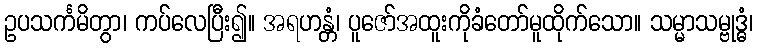
ဥပသင်္ကမိတွာ၊ ကပ်လေပြီး၍။ အရဟန္တံ၊ ပူဇော်အထူးကိုခံတော်မူထိုက်သော။ သမ္မာသမ္ဗုဒ္ဓံ၊